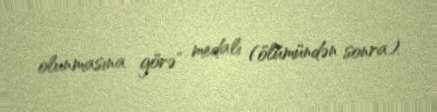
olunmasına görə" medalı (ölümündən sonra).